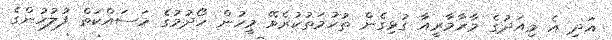
އަދި އެ މިއަދުގެ މާރާމާރީއާ ގުޅިގެން ތުހުމަތުކުރެވޭ މީހުން ހޯދުމުގެ މަސައްކަތް ފުލުހުންގެ